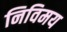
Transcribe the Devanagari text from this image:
निविमय